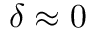
\delta \approx 0